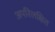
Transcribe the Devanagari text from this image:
अपरिलक्षित